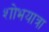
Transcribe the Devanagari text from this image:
शोभयात्रा